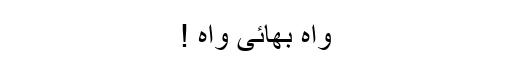
واہ بھائی واہ !